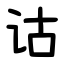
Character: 诂